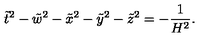
\tilde { t } ^ { 2 } - \tilde { w } ^ { 2 } - \tilde { x } ^ { 2 } - \tilde { y } ^ { 2 } - \tilde { z } ^ { 2 } = - \frac { 1 } { H ^ { 2 } } .